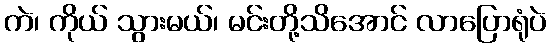
ကဲ၊ ကိုယ် သွားမယ်၊ မင်းတို့သိအောင် လာပြောရုံပဲ